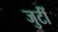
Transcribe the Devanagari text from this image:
जुटीं